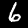
Label: 6